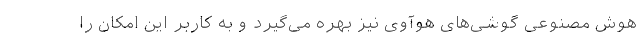
هوش مصنوعی گوشی‌های هوآوی نیز بهره می‌گیرد و به کاربر این امکان را